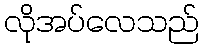
လိုအပ်လေသည်